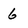
Character: 6